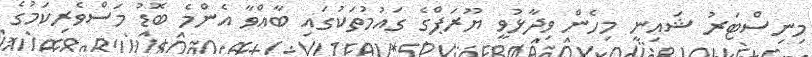
މިނިސްޓަރު ޝައިނީ މިހެން ވިދާޅުވީ ޔޫރަޕްގެ ގައުމުތަކުގައި ބާއްވާ އެންމެ ބޮޑު މަސްވެރިކަމުގެ